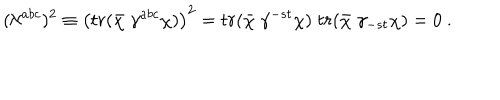
( \aleph ^ { a b c } ) ^ { 2 } \equiv \left( t r ( \bar { \chi } \; \gamma ^ { a b c } \chi ) \right) ^ { 2 } = t r ( \bar { \chi } \; \gamma ^ { - s t } \chi ) \; t r ( \bar { \chi } \; \gamma _ { - s t } \chi ) = 0 \ .